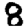
Digit: 8